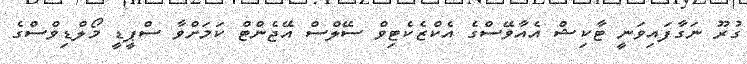
ގުރޫ ނަގާފައިވަނީ ޓާކިޝް އެއާވޭސްގެ އެކްޒެކެޓިވް ސޭލްސް އޭޖެންޓް ކަމަށްވާ ސްޕީޑީ މޯލްޑިވްސްގެ